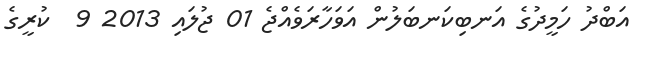
އަބްދު ހަމީދުގެ އަނބިކަނބަލުން އަވަހާރަވެއްޖެ 01 ޖުލައި 2013 9  ކުރީގެ